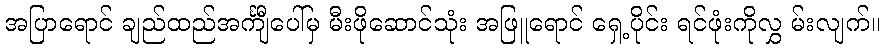
အပြာရောင် ချည်ထည်အင်္ကျီပေါ်မှ မီးဖိုဆောင်သုံး အဖြူရောင် ရှေ့ပိုင်း ရင်ဖုံးကိုလွှ မ်းလျက်။